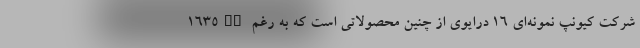
1635AX شرکت کیونپ نمونه‌ای 16 درایوی از چنین محصولاتی است که به رغم